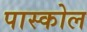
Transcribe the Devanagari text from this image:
पास्कोल